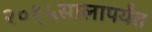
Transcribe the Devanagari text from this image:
२०१५सालापर्यंत